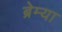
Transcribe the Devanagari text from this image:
ब्रेम्या